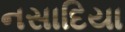
નસાદિયા